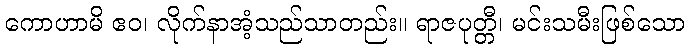
ကောဟာမိ ဧဝ၊ လိုက်နာအံ့သည်သာတည်း။ ရာဇပုတ္တီ၊ မင်းသမီးဖြစ်သော